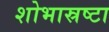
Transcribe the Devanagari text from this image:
शोभास्रष्टा